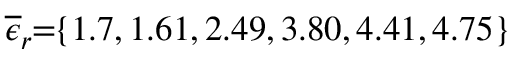
\! \! \! \overline { { \epsilon } } _ { r } \! \! = \! \! \{ 1 . 7 , 1 . 6 1 , 2 . 4 9 , 3 . 8 0 , 4 . 4 1 , 4 . 7 5 \} \! \! \!